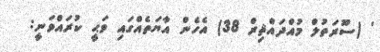
' (ސޫރަތުލް މުއްދައްޘިރް 38) އެހެން އާޔަތެއްގައި ވަޙީ ކުރައްވަނީ: